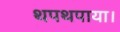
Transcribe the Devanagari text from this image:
थपथपाया।